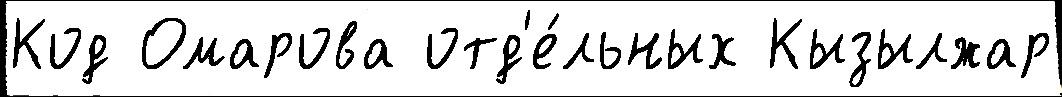
Код Омарова отд'е́льных Кызылжар